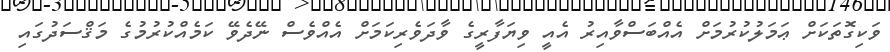
ވަކިގޮތަކަށް ޢަމަލުކުރުމަށް އެއްބަސްވާއިރު އެއީ ވިޔަފާރީގެ ވާދަވެރިކަމަށް އެއްވެސް ނޭދެވޭ ކަމެއްކުރުމުގެ މަޤްސަދުގައި